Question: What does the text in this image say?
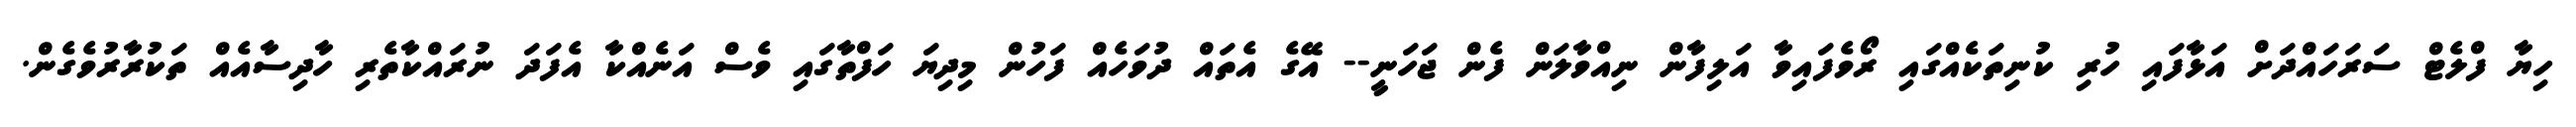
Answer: ހިޔާ ފްލެޓް ސަރަހައްދަށް އަޅާފައި ހުރި ކުނިތަކެއްގައި ރޯވެފައިވާ އަލިފާން ނިއްވާލަން ފެން ޖަހަނީ-- އޭގެ އެތައް ދުވަހެއް ފަހުން މިދިޔަ ހަފްތާގައި ވެސް އަނެއްކާ އެފަދަ ނުރައްކާތެރި ހާދިސާއެއް ތަކުރާރުވެގެން.